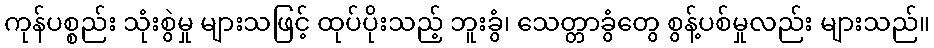
ကုန်ပစ္စည်း သုံးစွဲမှု များသဖြင့် ထုပ်ပိုးသည့် ဘူးခွံ၊ သေတ္တာခွံတွေ စွန့်ပစ်မှုလည်း များသည်။